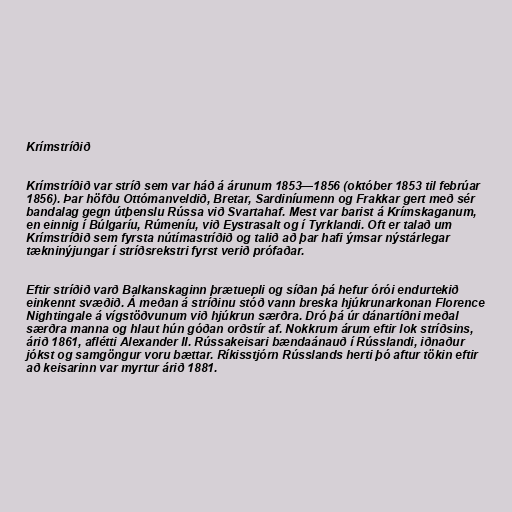
Krímstríðið

Krímstríðið var stríð sem var háð á árunum 1853—1856 (október 1853 til febrúar
1856). Þar höfðu Ottómanveldið, Bretar, Sardiníumenn og Frakkar gert með sér
bandalag gegn útþenslu Rússa við Svartahaf. Mest var barist á Krímskaganum,
en einnig í Búlgaríu, Rúmeníu, við Eystrasalt og í Tyrklandi. Oft er talað um
Krímstríðið sem fyrsta nútímastríðið og talið að þar hafi ýmsar nýstárlegar
tækninýjungar í stríðsrekstri fyrst verið prófaðar.

Eftir stríðið varð Balkanskaginn þrætuepli og síðan þá hefur órói endurtekið
einkennt svæðið. Á meðan á stríðinu stóð vann breska hjúkrunarkonan Florence
Nightingale á vígstöðvunum við hjúkrun særðra. Dró þá úr dánartíðni meðal
særðra manna og hlaut hún góðan orðstír af. Nokkrum árum eftir lok stríðsins,
árið 1861, aflétti Alexander II. Rússakeisari bændaánauð í Rússlandi, iðnaður
jókst og samgöngur voru bættar. Ríkisstjórn Rússlands herti þó aftur tökin eftir
að keisarinn var myrtur árið 1881.